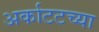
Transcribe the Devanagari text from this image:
अर्काटटच्या